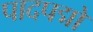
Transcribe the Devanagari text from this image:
पादपद्मों